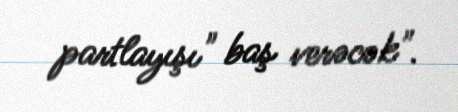
partlayışı" baş verəcək".